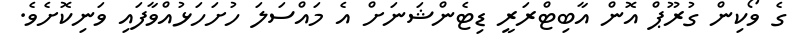
ގެ ވޯކިން ގުރޫޕް އޮން އާބިޓްރަރީ ޑިޓެންޝަނަށް އެ މައްސަލަ ހުށަހަޅުއްވާފައި ވަނިކޮށެވެ.